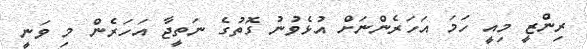
ރިންޒީ މިއީ ހަމަ އަހަރެންނަށް އުޅެވުނު ގޮތުގެ ނަތީޖާ އަހަރެން މި ވަނީ